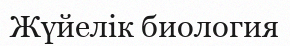
Жүйелік биология